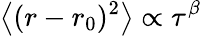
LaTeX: \left\langle{(r-r_{0})^{2}}\right\rangle\propto\tau^{\beta}